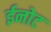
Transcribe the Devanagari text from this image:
ईनोट